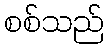
စစ်သည်